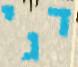
דגי